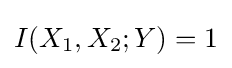
I(X_{1},X_{2};Y)=1